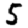
Digit: 5